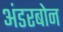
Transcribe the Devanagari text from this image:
अंडरबोन